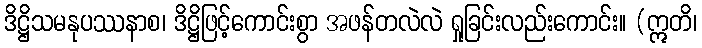
ဒိဋ္ဌိသမနုပဿနာစ၊ ဒိဋ္ဌိဖြင့်ကောင်းစွာ အဖန်တလဲလဲ ရှုခြင်းလည်းကောင်း။ (ဣတိ၊